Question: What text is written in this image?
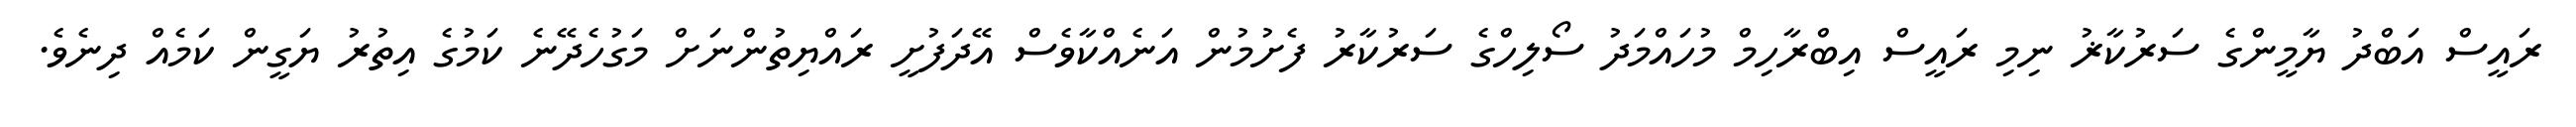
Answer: ރައީސް އަބްދު ޔާމީންގެ ސަރުކާޜު ނިމި ރައީސް އިބްރާހިމް މުހައްމަދު ސޯލިހްގެ ސަރުކާރު ފެށުމުން އަނެއްކާވެސް އޭދަފުށީ ރައްޔިތުންނަށް މަގުހެދޭނެ ކަމުގެ އިތުރު ޔަގީން ކަމެއް ދިނެވެ.